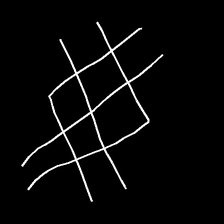
Glyph: crystal